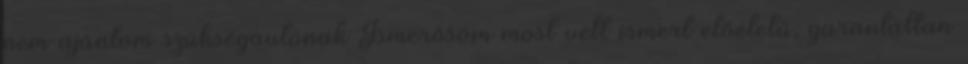
nem ajánlom szükségautónak Ismerősöm most vett ismert előéletű, garantáltan